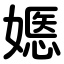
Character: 嫕